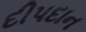
દીપદાન